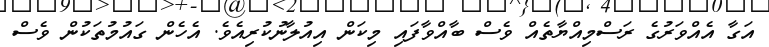
އަގާ އެއްވަރުގެ ރަސްމިއްޔާތެއް ވެސް ބާއްވާފައި މިކަން އިއުލާނުކުރިއެވެ. އެހެން ގައުމުތަކުން ވެސް